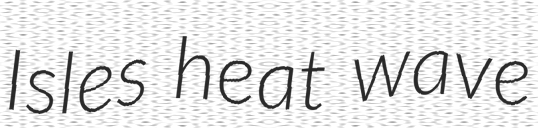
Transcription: Isles heat wave